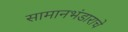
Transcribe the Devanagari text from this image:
सामानभंडाराचे